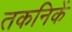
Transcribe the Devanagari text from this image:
तकनिकें